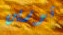
ثورين